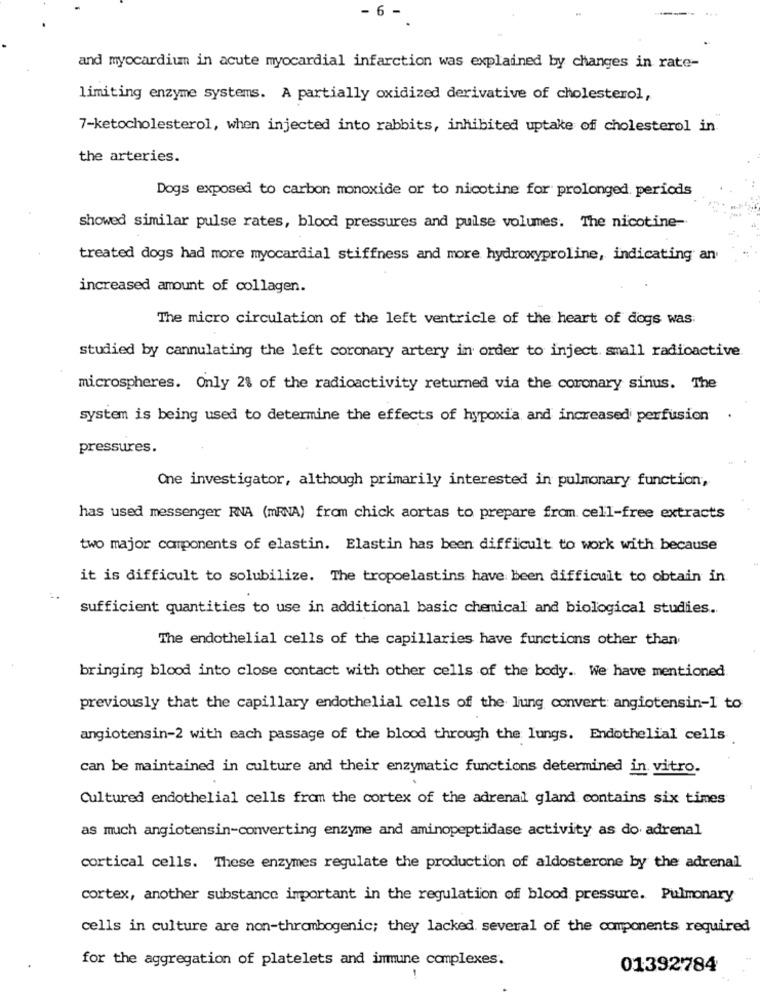
- 6 -
and myocardium in acute myocardial infarction was explained by changes in rate-
limiting enzyme systems. A partially oxidized derivative of cholesterol,
7-ketocholesterol, when injected into rabbits, inhibited uptake of cholesterol in
the arteries.
Dogs exposed to carbon monoxide or to nicotine for prolonged periods
showed similar pulse rates, blood pressures and pulse volumes. The nicotine-
treated dogs had more myocardial stiffness and more hydroxyproline, indicating an
increased amount of collagen.
The micro circulation of the left ventricle of the heart of dogs was:
studied by cannulating the left coronary artery in order to inject. small radioactive
microspheres. Only 2% of the radioactivity returned via the coronary sinus. The
system is being used to determine the effects of hypoxia and increased perfusion
pressures.
One investigator, although primarily interested in pulmonary function,
has used messenger RNA (mRNA) from chick aortas to prepare from cell-free extracts
two major components of elastin. Elastin has been difficult to work with because
it is difficult to solubilize. The tropoelastins have been difficult to obtain in.
sufficient quantities to use in additional basic chemical and biological studies.
The endothelial cells of the capillaries have functions other than
bringing blood into close contact with other cells of the body. We have mentioned
previously that the capillary endothelial cells of the lung convert angiotensin-1 to
angiotensin-2 with each passage of the blood through the lungs. Endothelial cells
can be maintained in culture and their enzymatic functions determined in vitro.
Cultured endothelial cells from the cortex of the adrenal gland contains six times
as much angiotensin-converting enzyme and aminopeptidase activity as do adrenal
cortical cells. These enzymes regulate the production of aldosterone by the adrenal
cortex, another substance important in the regulation of blood pressure. Pulmonary
cells in culture are non-thrombogenic; they lacked. several of the components required
for the aggregation of platelets and inmune complexes.
01392784
-